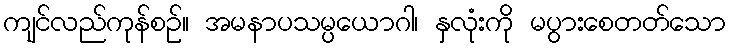
ကျင်လည်ကုန်စဉ်။ အမနာပသမ္ပယောဂါ၊ နှလုံးကို မပွားစေတတ်သော